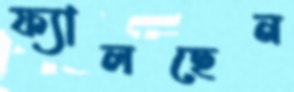
ফ্যালছেন